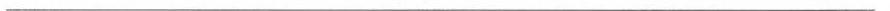
___